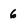
Character: 6